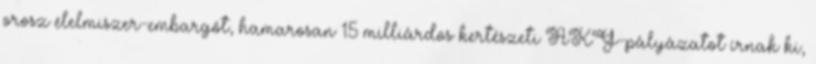
orosz élelmiszer-embargót, hamarosan 15 milliárdos kertészeti AKG-pályázatot írnak ki,